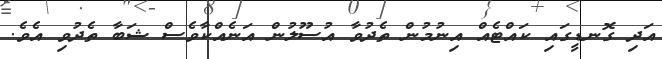
އަދި ގޮނޑީގައި ކައްޓެއް އިނުމުން ތެދުވާ އުސޫލުން އަނެއްކާވެސް ޝަބާ ތެދުވި އެވެ.